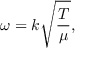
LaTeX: \omega = k { \sqrt { \frac { T } { \mu } } } ,